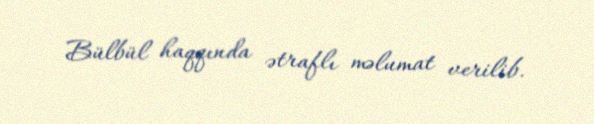
Bülbül haqqında ətraflı məlumat verilib.